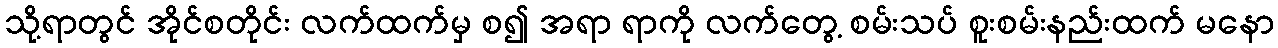
သို့ရာတွင် အိုင်စတိုင်း လက်ထက်မှ စ၍ အရာ ရာကို လက်တွေ့ စမ်းသပ် စူးစမ်းနည်းထက် မနော